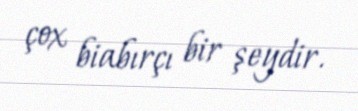
çox biabırçı bir şeydir.